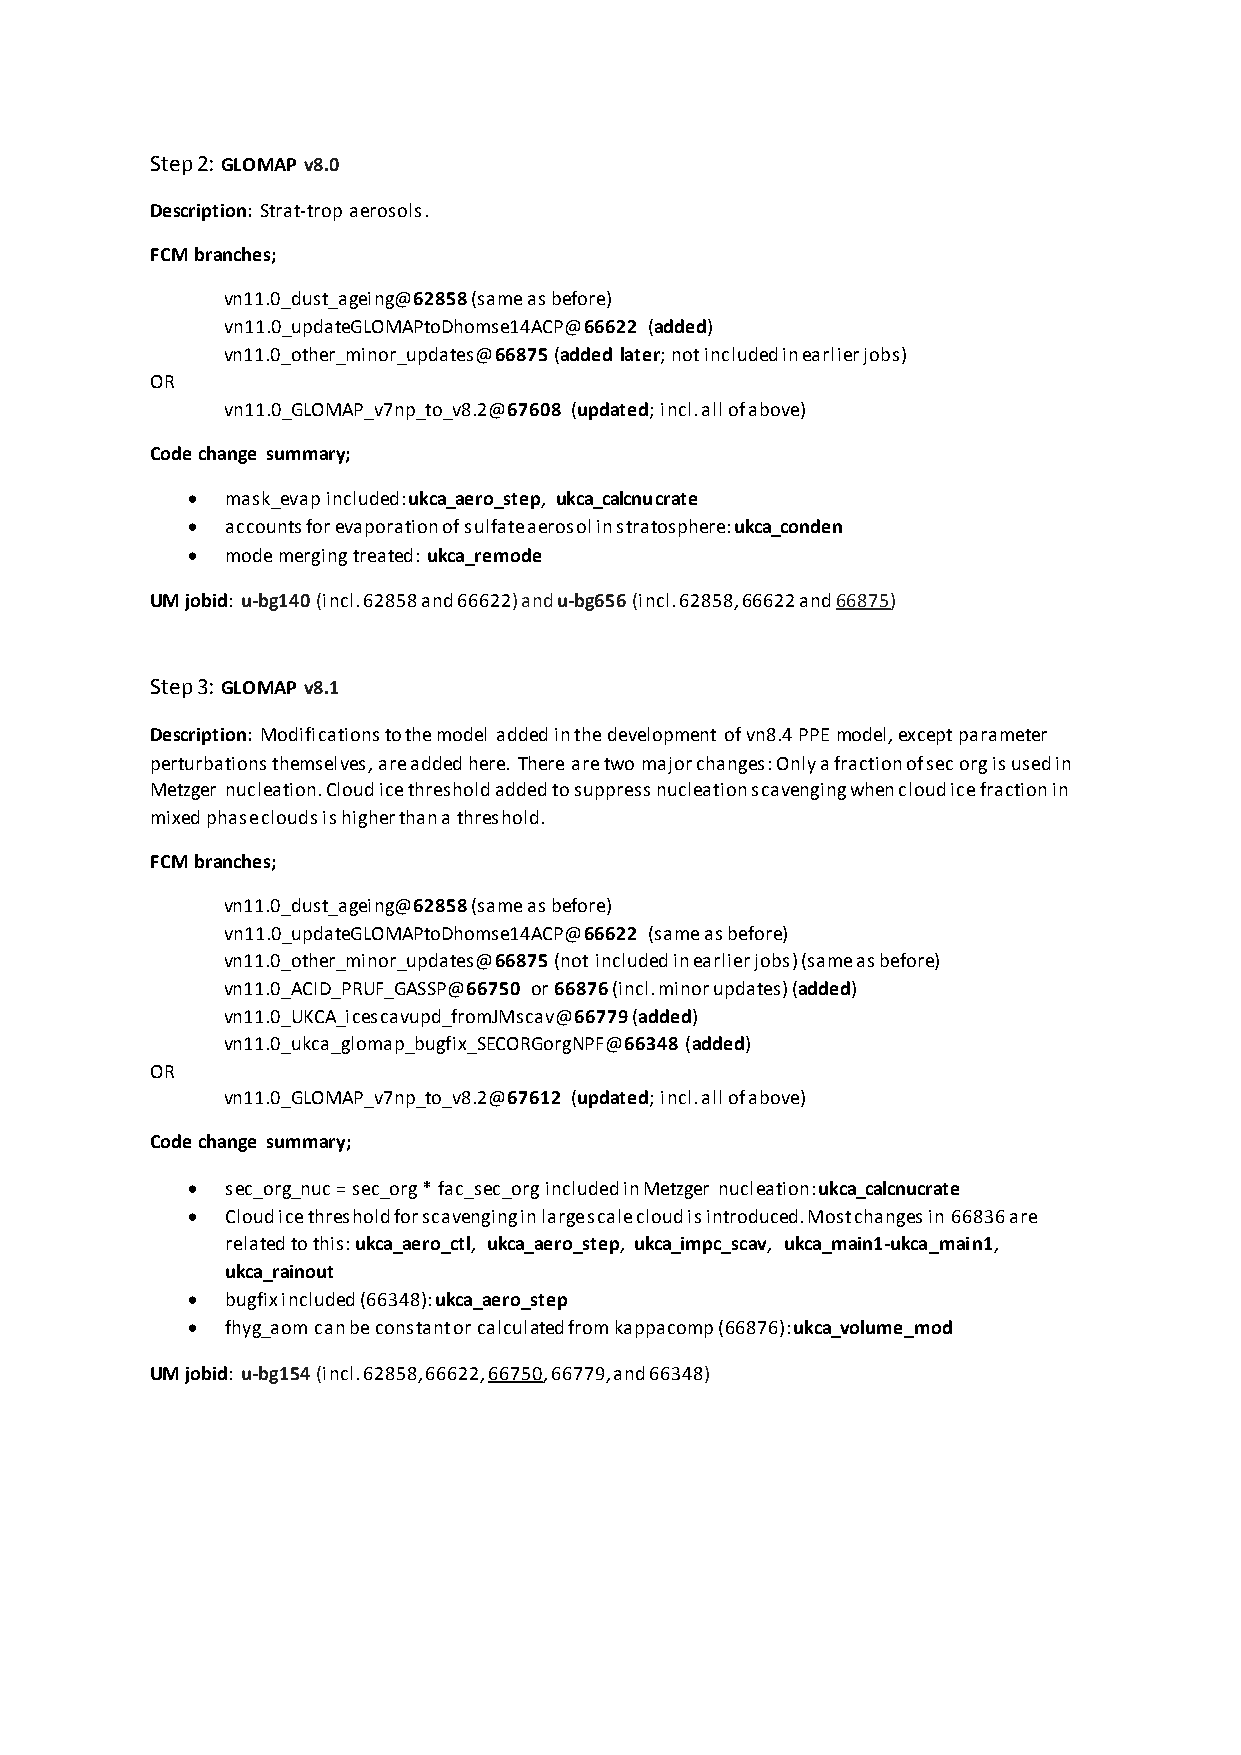
Step 2: GLOMAP v8.0
 Description: Strat-trop aerosols.
 FCM branches;
 vn11.0_dust_ageing@62858 (same as before)
 vn11.0_updateGLOMAPtoDhomse14ACP@66622 (added)
 vn11.0_other_minor_updates@66875 (added later; not included in earlier jobs)
 OR
 vn11.0_GLOMAP_v7np_to_v8.2@67608 (updated; incl. all of above)
 Code change summary;
   mask_evap included: ukca_aero_step, ukca_calcnucrate
   accounts for evaporation of sulfate aerosol in stratosphere: ukca_conden
   mode merging treated: ukca_remode
 UM jobid: u-bg140 (incl. 62858 and 66622) and u-bg656 (incl. 62858, 66622 and 66875)
 Step 3: GLOMAP v8.1
 Description: Modifications to the model added in the development of vn8.4 PPE model, except parameter
 perturbations themselves, are added here. There are two major changes: Only a fraction of sec org is used in
 Metzger nucleation. Cloud ice threshold added to suppress nucleation scavenging when cloud ice fraction in
 mixed phase clouds is higher than a threshold.
 FCM branches;
 vn11.0_dust_ageing@62858 (same as before)
 vn11.0_updateGLOMAPtoDhomse14ACP@66622 (same as before)
 vn11.0_other_minor_updates@66875 (not included in earlier jobs) (same as before)
 vn11.0_ACID_PRUF_GASSP@66750 or 66876 (incl. minor updates) (added)
 vn11.0_UKCA_icescavupd_fromJMscav@66779 (added)
 vn11.0_ukca_glomap_bugfix_SECORGorgNPF@66348 (added)
 OR
 vn11.0_GLOMAP_v7np_to_v8.2@67612 (updated; incl. all of above)
 Code change summary;
   sec_org_nuc = sec_org * fac_sec_org included in Metzger nucleation: ukca_calcnucrate
   Cloud ice threshold for scavenging in large scale cloud is introduced. Most changes in 66836 are
 related to this: ukca_aero_ctl, ukca_aero_step, ukca_impc_scav, ukca_main1-ukca_main1,
 ukca_rainout
   bugfix included (66348): ukca_aero_step
   fhyg_aom can be constant or calculated from kappacomp (66876): ukca_volume_mod
 UM jobid: u-bg154 (incl. 62858, 66622, 66750, 66779, and 66348)